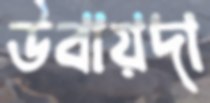
উবায়দা